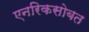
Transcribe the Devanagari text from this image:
एनरिकसोबत